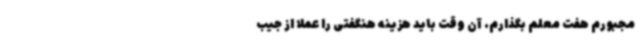
مجبورم هفت معلم بگذارم. آن وقت باید هزینه هنگفتی را عملاً از جیب